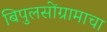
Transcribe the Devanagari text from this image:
बिपुलसोंग्रामाचा